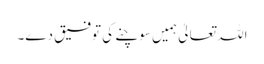
اللہ تعالیٰ ہمیں سوچنے کی توفیق دے۔